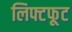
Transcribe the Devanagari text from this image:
लिफ्टफूट